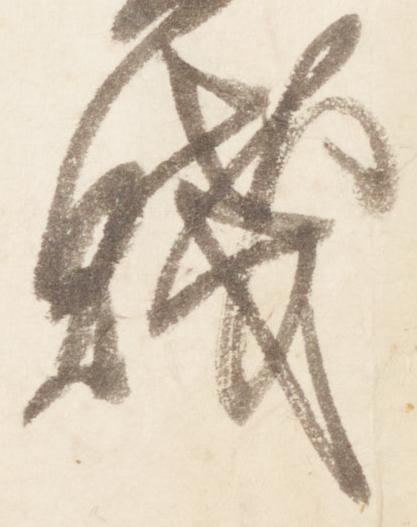
賤